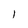
Character: l